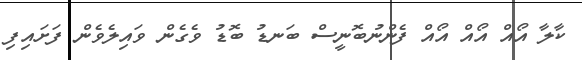
ކާލާ އޯއް އޯއް އޯއް ފެންނުބޮނީސް ބަނޑު ބޮޑު ވެގެން ވައިލެވެން ފަށައިފި